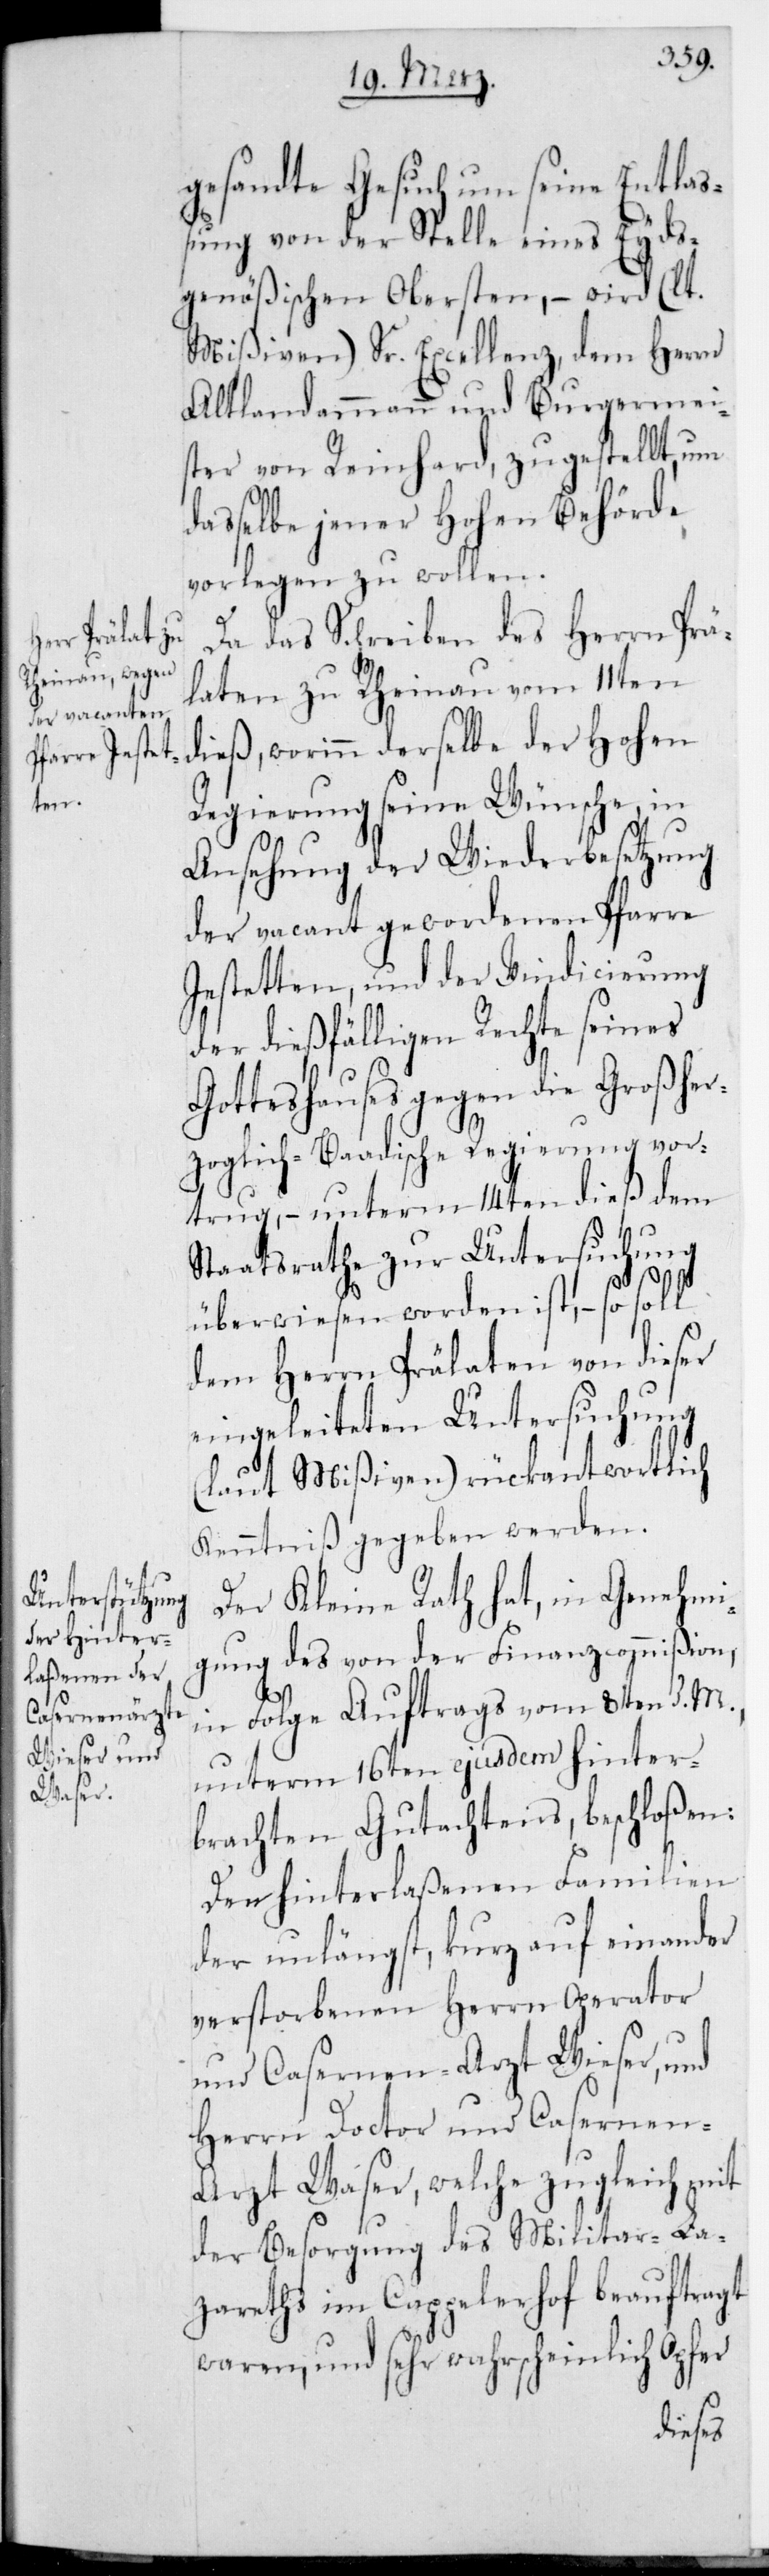
gesandte Gesuch um seine Entlaß¬
ung von der Stelle eines Eyds¬
genößischen Obersten, – wird (lt.
Mißiven) Sr. Excellenz dem Herrn
Altlandammann und Burgermei¬
ster von Reinhard, zugestellt, um
daßelbe jener Hohen Behörde
vorlegen zu wollen.
Da das Schreiben des Herrn Prä¬
laten zu Rheinau vom 11ten
dieß, worinn derselbe der Hohen
Regierung seine Wünsche, in
Ansehung der Wiederbesetzung
der vacant gewordenen Pfarre
Jestetten und der Vindicierung
der dießfälligen Rechte seines
Gotteshauses gegen die Großher¬
zoglich-Baadische Regierung vor¬
trug, – unterm 14ten dieß dem
Staatsrathe zur Untersuchung
überwiesen worden ist, – so soll
dem Herrn Prälaten von dieser
eingeleiteten Untersuchung
(laut Mißiven) rückantwortlich
Kenntniß gegeben werden.
Der Kleine Rath hat, in Genehmi¬
gung des von der Finanzcommißion,
in Folge Auftrags vom 8ten d. M.,
unterm 16ten ejusdem hinter¬
brachten Gutachtens beschloßen:
Den hinterlaßenen Familien
der unlängst, kurz aufeinander
verstorbenen Herrn Operator
und Casernen-Arzt Wieser, und
Herrn Doctor und Caserne¬
n-Arzt Waser, welche zugleich mit
der Besorgung des Militar-La¬
zareths im Cappelerhof beauftragt
waren, und sehr wahrscheinlich Opfer